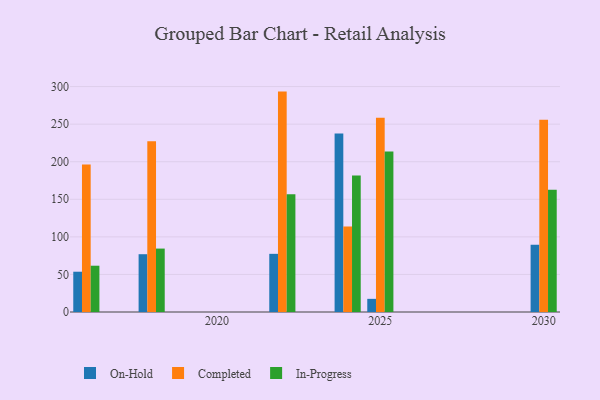
{"axis": {"x": "Year", "y": "Customer Acquisition Cost (USD)"}, "legend": ["Completed", "In-Progress", "On-Hold"], "data": [{"x": "2024", "y": 237.4, "type": "On-Hold"}, {"x": "2024", "y": 113.9, "type": "Completed"}, {"x": "2024", "y": 181.7, "type": "In-Progress"}, {"x": "2016", "y": 53.6, "type": "On-Hold"}, {"x": "2016", "y": 196.3, "type": "Completed"}, {"x": "2016", "y": 61.6, "type": "In-Progress"}, {"x": "2018", "y": 76.9, "type": "On-Hold"}, {"x": "2018", "y": 227.3, "type": "Completed"}, {"x": "2018", "y": 84.4, "type": "In-Progress"}, {"x": "2025", "y": 17.5, "type": "On-Hold"}, {"x": "2025", "y": 258.4, "type": "Completed"}, {"x": "2025", "y": 213.5, "type": "In-Progress"}, {"x": "2030", "y": 89.5, "type": "On-Hold"}, {"x": "2030", "y": 255.7, "type": "Completed"}, {"x": "2030", "y": 162.6, "type": "In-Progress"}, {"x": "2022", "y": 77.4, "type": "On-Hold"}, {"x": "2022", "y": 293.3, "type": "Completed"}, {"x": "2022", "y": 156.6, "type": "In-Progress"}]}